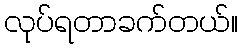
လုပ်ရတာခက်တယ်။